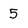
Character: 5